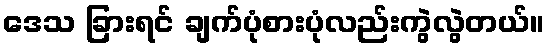
ဒေသ ခြားရင် ချက်ပုံစားပုံလည်းကွဲလွဲတယ်။